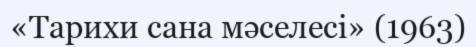
«Тарихи сана мәселесі» (1963)